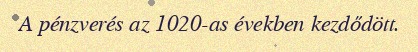
A pénzverés az 1020-as években kezdődött.